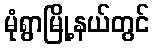
မုံရွာမြို့နယ်တွင်